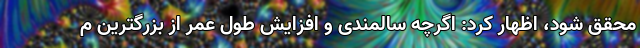
محقق شود، اظهار کرد: اگرچه سالمندی و افزایش طول عمر از بزرگترین م